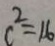
c ^ { 2 } = 1 6